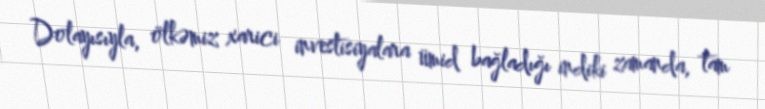
Dolayısıyla, ölkəmiz xarici investisiyalara ümid bağladığı indiki zamanda, tam